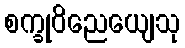
စက္ခုဝိညေယျေသု